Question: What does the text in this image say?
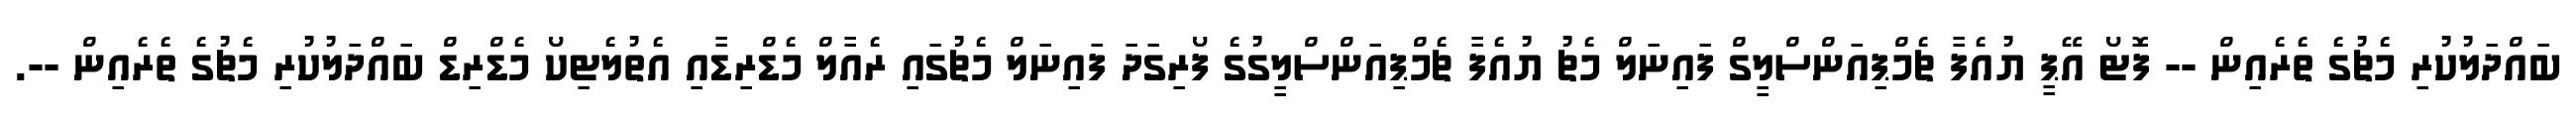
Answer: ބައްދަލުކުރި މެޗުގެ ތެރެއިން -- ފޮޓޯ އޭޕީ ޔުއެފާ ޗެމްޕިއަންސްލީގް ފައިނަލް މެޗު ޔުއެފާ ޗެމްޕިއަންސްލީގުގެ ފޯރިގަދަ ފައިނަލް މެޗުގައި ރެއާލް މެޑްރިޑާއި އެތުލެޓިކޯ މެޑްރިޑް ބައްދަލުކުރި މެޗުގެ ތެރެއިން --.